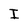
Character: I